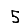
Digit: 5